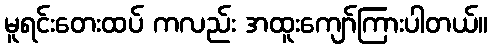
မူရင်းတေးထပ် ကလည်း အထူးကျော်ကြားပါတယ်။